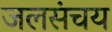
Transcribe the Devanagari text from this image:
जलसंचय